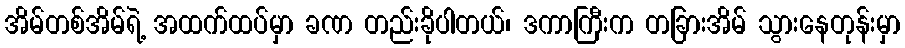
အိမ်တစ်အိမ်ရဲ့ အထက်ထပ်မှာ ခဏ တည်းခိုပါတယ်၊ ဒကာကြီးက တခြားအိမ် သွားနေတုန်းမှာ